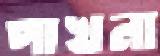
পাখনা